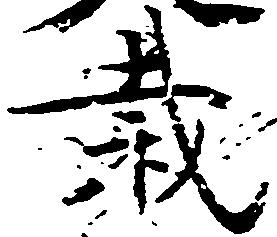
裁